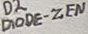
Text: DIODE-ZEN